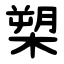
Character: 槊